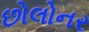
છોલોનર